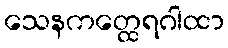
သေနကတ္ထေရဂါထာ